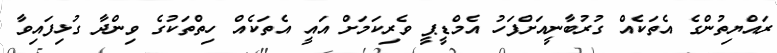
ރައްޔިތުންގެ އެތަކެއް ގުރުބާނީއަށްފަހު އެމްޑީޕީ ވެރިކަމަށް އައީ އެތަކެއް ހިތްތަކުގެ ވިންދާ ގުޅިފައިވާ